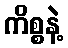
ကိစ္စနဲ့